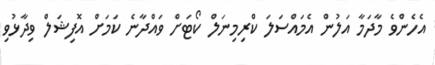
އެހެންވެ މާދަމާ އަލުން އެމައްސަލަ ކްރިމިނަލް ކޯޓަށް ވައްދާނެ ކަމަށް އޮފިޝަލް ވިދާޅުވި